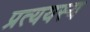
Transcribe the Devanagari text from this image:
प्रत्ययस्य